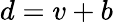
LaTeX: d=v+b